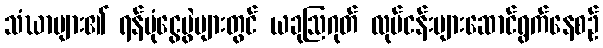
သံဃာများ၏ ရန်ပုံငွေပွဲများတွင် ယခုဩဂုတ် လုပ်ငန်းများဆောင်ရွက်နေစဉ်